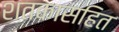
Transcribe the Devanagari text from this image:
शतकासहित